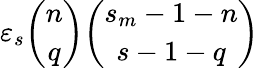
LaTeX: \varepsilon_{s}{\binom{n}{q}}{\binom{s_{m}-1-n}{s-1-q}}